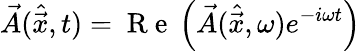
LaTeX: \vec{A}(\hat{\vec{x}},t)=\mathrm{~R~e~}\left(\vec{A}(\hat{\vec{x}},\omega)e^{-i\omega t}\right)